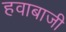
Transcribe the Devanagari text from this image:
हवाबाजी